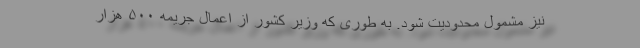
نیز مشمول محدودیت شود. به طوری که وزیر کشور از اعمال جریمه ۵۰۰ هزار